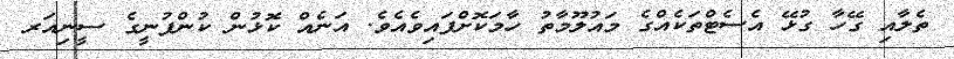
ތެލާއި ގޭހާ ގުޅޭ އެސެޓްތަކެއްގެ މައުލޫމާތު ހާމަކޮށްފައިވެއެވެ. އަނެއް ކޮޅުން ކުންފުނީގެ ސީނިއަރ